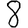
Digit: 8